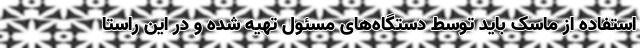
استفاده از ماسک باید توسط دستگاه‌های مسئول تهیه شده و در این راستا